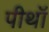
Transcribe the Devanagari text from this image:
पीथॉ